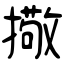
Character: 擏